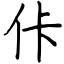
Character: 佧